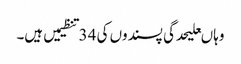
وہاںعلیحدگی پسندوں کی 34تنظیمیں ہیں۔